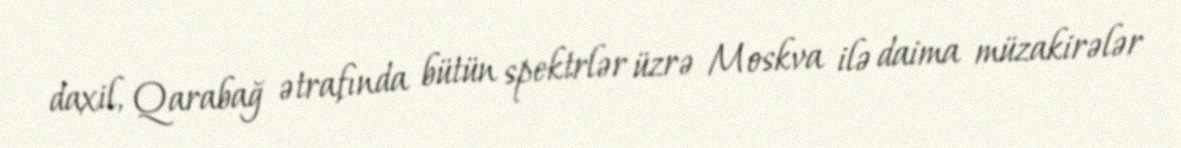
daxil, Qarabağ ətrafında bütün spektrlər üzrə Moskva ilə daima müzakirələr